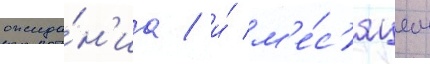
ожида́н'иа / и́ м'е́с'яцем